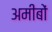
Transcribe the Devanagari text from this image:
अमीबों